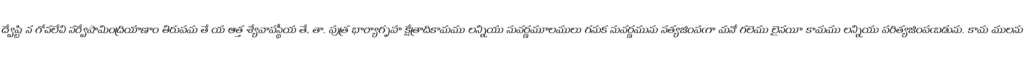
ద్వేష్టి న గోచలేచి సర్వేషామింద్రియాణాం తిరుపమ తే య ఆత్త శ్యేవాపస్థీయ తే, తా. పుత్ర భార్యాగృహ క్షేత్రాదికామము లన్నియు సువర్ణమూలములు గనుక సువర్ణమును సత్యజింపఁగా మనో గలెము లైనయీ కామము లన్నియు పరిత్యజింపఁబడును. కామ ములను